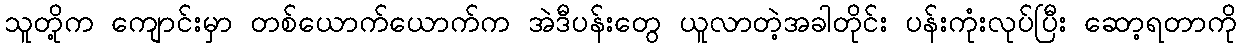
သူတို့က ကျောင်းမှာ တစ်ယောက်ယောက်က အဲဒီပန်းတွေ ယူလာတဲ့အခါတိုင်း ပန်းကုံးလုပ်ပြီး ဆော့ရတာကို